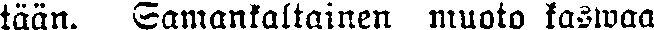
tään. Tämänkaltainen muoto kaswaa